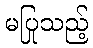
မပြုသည့်